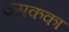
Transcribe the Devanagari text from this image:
उसकका